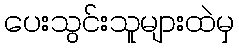
ပေးသွင်းသူများထဲမှ